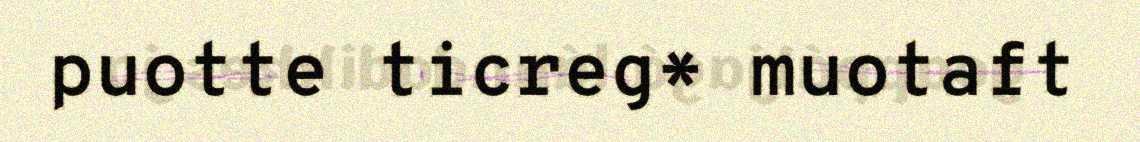
puotte ticreg* muotaft